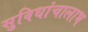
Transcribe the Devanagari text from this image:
सुविधांचालाभ